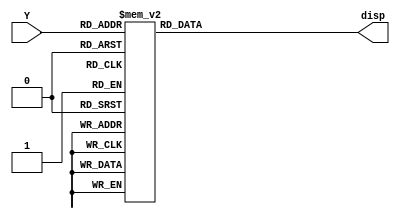
`timescale 1ns / 1ps
//////////////////////////////////////////////////////////////////////////////////
// Company: 
// Engineer: 
// 
// Design Name: 
// Module Name:    bcd7seg 
// Project Name: 
// Target Devices: 
// Tool versions: 
// Description: 
//
// Dependencies: 
//
// Revision: 
// Revision 0.01 - File Created
// Additional Comments: 
//
//////////////////////////////////////////////////////////////////////////////////
module bcd7seg(input[3:0] Y, output reg[0:6] disp);
	always@(Y)
	begin
	case(Y)
		0: disp=7'b0000001;
		1: disp=7'b1001111;
		2: disp=7'b0010010;
		3: disp=7'b0000110;
		4: disp=7'b1001100;
		5: disp=7'b0100100;
		6: disp=7'b0100000;
		7: disp=7'b0001111;
		8: disp=7'b0000000;
		9: disp=7'b0000100;
		10: disp=7'b0001000;
		11: disp=7'b1100000;
		12: disp=7'b0110001;
		13: disp=7'b1000010;
		14: disp=7'b0110000;
		15: disp=7'b0111000;
	endcase
	end
endmodule